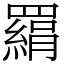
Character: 羂